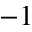
^ { - 1 }